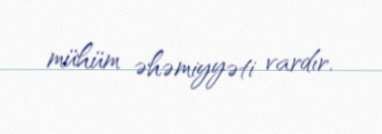
mühüm əhəmiyyəti vardır.